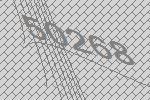
50268